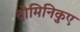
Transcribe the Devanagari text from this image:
दोमिनिकुए